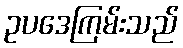
ဥပဒေကြမ်းသည်